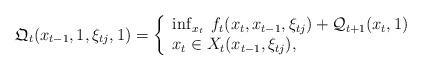
LaTeX: \begin{align*}\mathfrak{Q}_t( x_{t-1}, 1 , \xi_{t j} , 1 ) = \left\{ \begin{array}{l}\inf_{x_t} \;f_t(x_t, x_{t-1}, \xi_{t j} ) + \mathcal{Q}_{t+1}( x_{t}, 1 ) \\ x_t \in X_t(x_{t-1}, \xi_{t j} ),\end{array}\right.\end{align*}